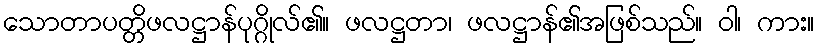
သောတာပတ္တိဖလဋ္ဌာန်ပုဂ္ဂိုလ်၏။ ဖလဋ္ဌတာ၊ ဖလဋ္ဌာန်၏အဖြစ်သည်။ ဝါ၊ ကား။